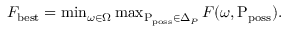
\begin{array} { r } { F _ { \mathrm { b e s t } } = \operatorname* { m i n } _ { \omega \in \Omega } \operatorname* { m a x } _ { \mathrm { P } _ { \mathrm { p o s s } } \in \Delta _ { P } } F ( \omega , \mathrm { P } _ { \mathrm { p o s s } } ) . } \end{array}